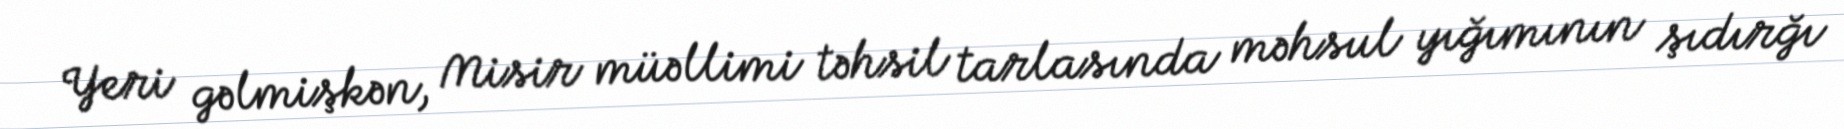
Yeri gəlmişkən, Misir müəllimi təhsil tarlasında məhsul yığımının şıdırğı